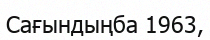
Сағындыңба 1963,